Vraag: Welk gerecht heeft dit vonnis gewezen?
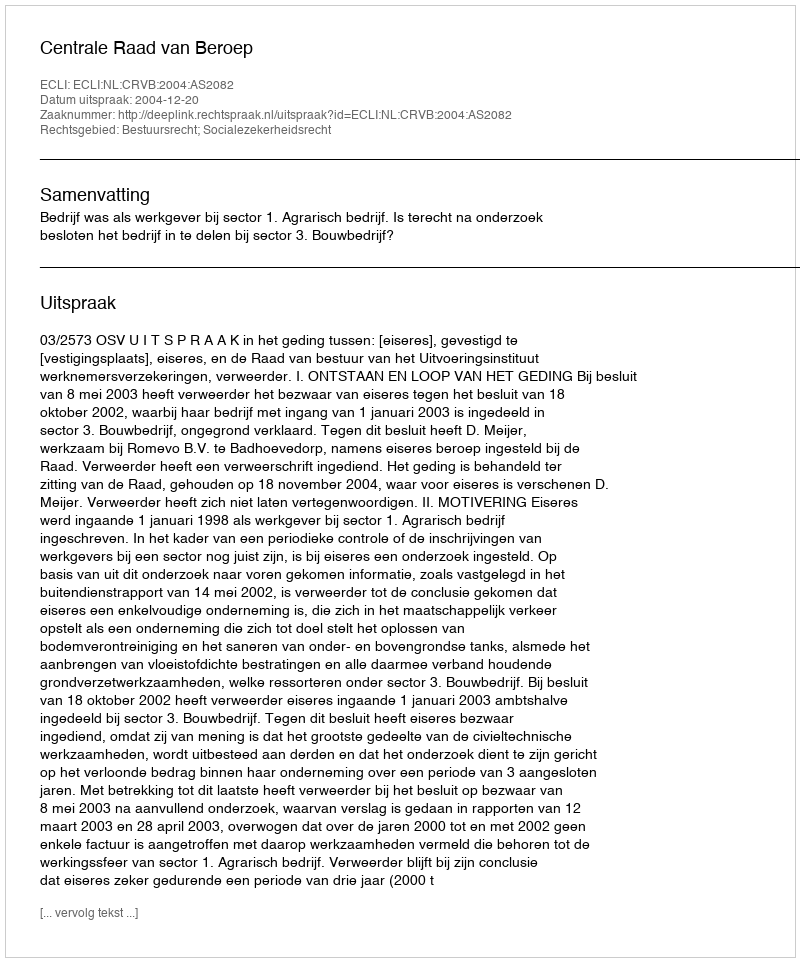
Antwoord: Centrale Raad van Beroep